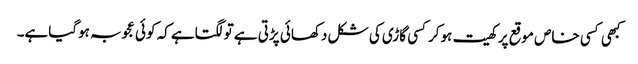
کبھی کسی خاص موقع پر کھیت ہوکرکسی گاڑی کی شکل دکھائی پڑتی ہے تولگتاہے کہ کوئی عجوبہ ہوگیاہے۔